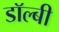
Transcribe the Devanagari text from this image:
डाॅल्बी